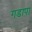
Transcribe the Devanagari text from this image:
गडापा